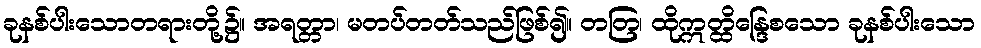
ခုနစ်ပါးသောတရားတို့၌။ အရတ္တာ၊ မတပ်တတ်သည်ဖြစ်၍။ တတြ၊ ထိုဣတ္ထိန္ဒြေစသော ခုနစ်ပါးသော